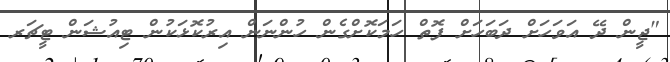
"ޖީން ދޭ އަވަހަށް ދަބަހަށް ފޮތް ހަމަކޮށްގެން ހުންނަން އިރުކޮޅަކުން ޓިއުޝަން ޓީޗަރ